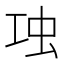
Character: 𧈬